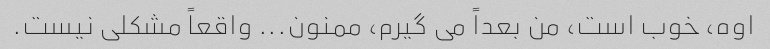
اوه، خوب است، من بعداً می گیرم، ممنون... واقعاً مشکلی نیست.